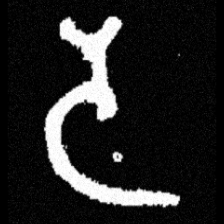
Pyu character \u2014 Myanmar letter: ဒ (romanized: da)